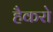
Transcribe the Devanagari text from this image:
हैकरो